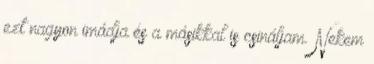
ezt nagyon imádja és a másikkal is csináljam. Nekem